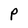
Character: P